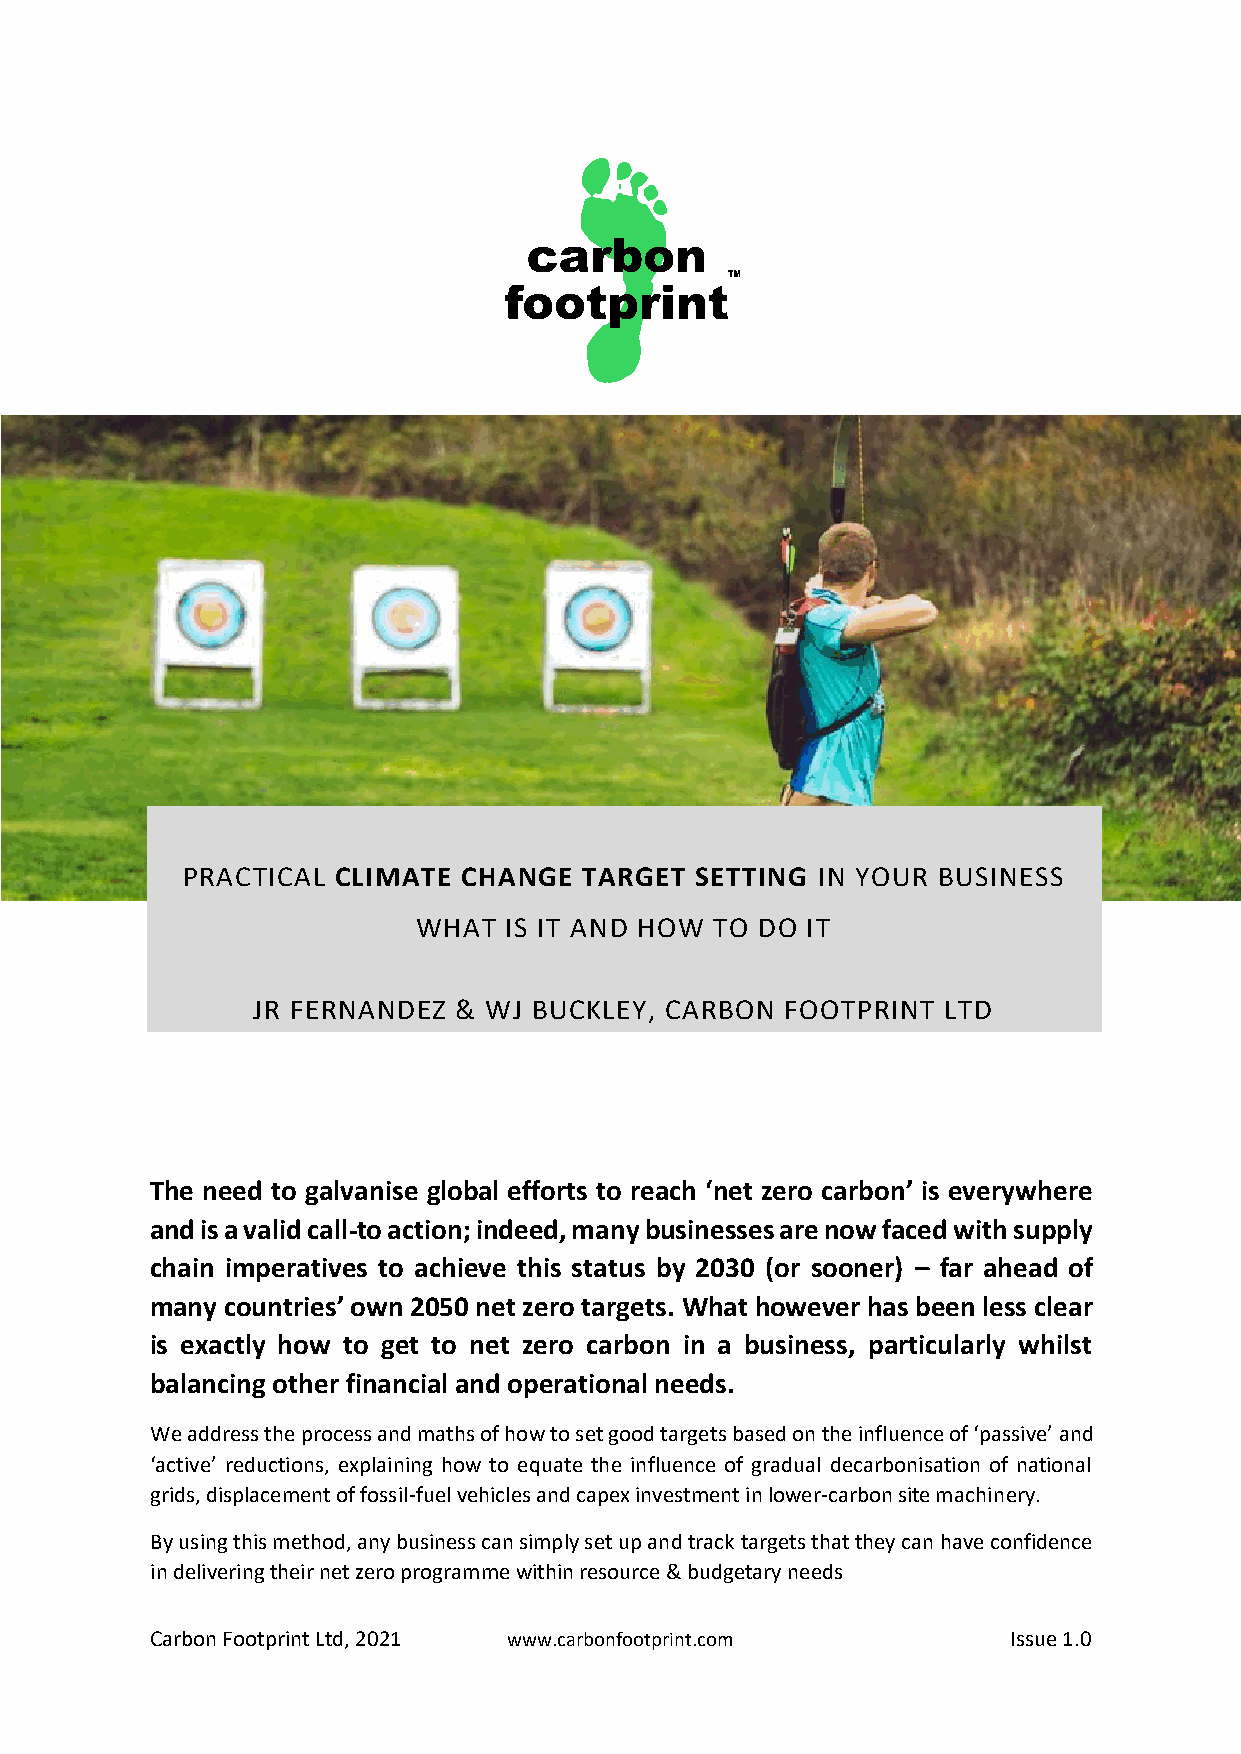
PRACTICAL CLIMATE  CHANGE  TARGET SETTING IN YOUR BUSINESS
 WHAT IS IT AND HOW TO DO IT
 JR FERNANDEZ & WJ BUCKLEY, CARBON  FOOTPRINT  LTD
 The need to galvanise global efforts to reach ‘net zero carbon’ is everywhere
 and is a valid call-to action; indeed, many businesses are now faced with supply
 chain imperatives to achieve this status by 2030 (or sooner) – far ahead of
 many countries’ own 2050 net zero targets. What however has been less clear
 is exactly how to get to net zero carbon in a business, particularly whilst
 balancing other financial and operational needs.
 We address the process and maths of how to set good targets based on the influence of ‘passive’ and
 ‘active’ reductions, explaining how to equate the influence of gradual decarbonisation of national
 grids, displacement of fossil-fuel vehicles and capex investment in lower-carbon site machinery.
 By using this method, any business can simply set up and track targets that they can have confidence
 in delivering their net zero programme within resource & budgetary needs
 Carbon Footprint Ltd, 2021 www.carbonfootprint.com       Issue 1.0